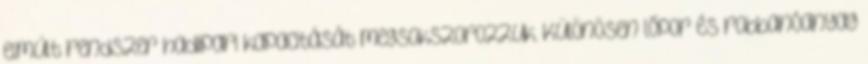
elmúlt rendszer hadiipari kapacitását megsokszorozzuk. Különösen lőpor és robbanóanyag